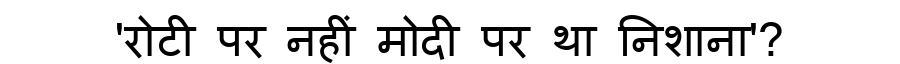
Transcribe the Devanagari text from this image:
'रोटी पर नहीं मोदी पर था निशाना'?